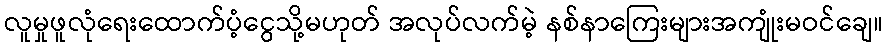
လူမှုဖူလုံရေးထောက်ပံ့ငွေသို့မဟုတ် အလုပ်လက်မဲ့ နစ်နာကြေးများအကျုံးမဝင်ချေ။